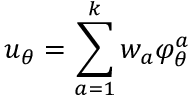
u _ { \theta } = \sum _ { a = 1 } ^ { k } w _ { a } \varphi _ { \theta } ^ { a }